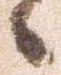
々